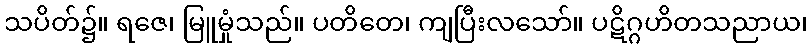
သပိတ်၌။ ရဇေ၊ မြူမှုံသည်။ ပတိတေ၊ ကျပြီးလသော်။ ပဋိဂ္ဂဟိတသညာယ၊